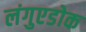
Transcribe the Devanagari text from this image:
लंगुएडोक